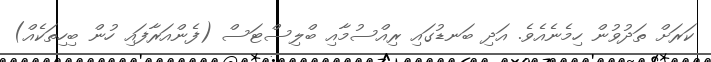
ކަރަށް ތަދުވުން ހިމެނެއެވެ. އަދި ބަނޑުގައި ރިއްސުމާއި ބްލިސްޓަސް (ފެންއަރާފައި ހުން ބިހިތަކެއް)